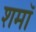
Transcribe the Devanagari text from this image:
शमॉ